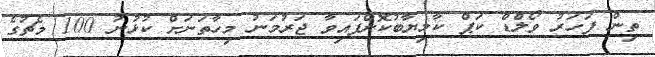
ތިން ފަހަރު ވޯލްޑް ކަޕް ކާމިޔާބުކޮށްފައިވާ ޖަރުމަނު މިހާތަނަށް ކުޅުނު 100 މެޗުގެ